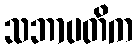
သဘာပတိက